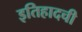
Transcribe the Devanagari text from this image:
इतिहादची